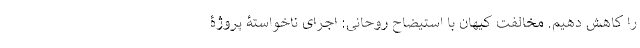
را کاهش دهیم. مخالفت کیهان با استیضاح روحانی: اجرای ناخواستۀ پروژۀ